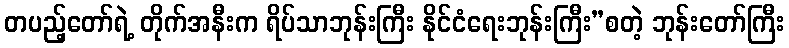
တပည့်တော်ရဲ့ တိုက်အနီးက ရိပ်သာဘုန်းကြီး နိုင်ငံရေးဘုန်းကြီး”စတဲ့ ဘုန်းတော်ကြီး